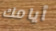
أيامك